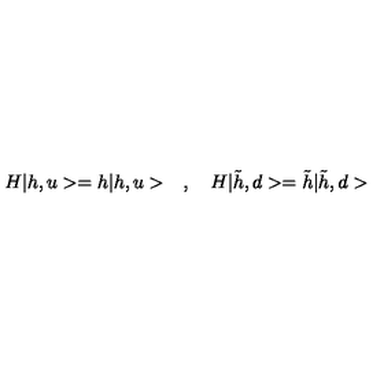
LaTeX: H | h , u > = h | h , u > \quad , \quad H | \tilde { h } , d > = \tilde { h } | \tilde { h } , d >